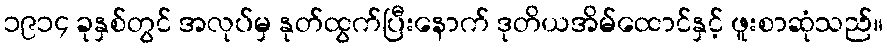
၁၉၁၄ ခုနှစ်တွင် အလုပ်မှ နုတ်ထွက်ပြီးနောက် ဒုတိယအိမ်ထောင်နှင့် ဖူးစာဆုံသည်။